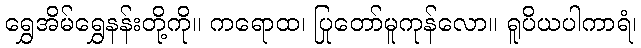
ရွှေအိမ်ရွှေနန်းတို့ကို။ ကရောထ၊ ပြုတော်မူကုန်လော။ ရူပိယပါကာရံ၊